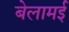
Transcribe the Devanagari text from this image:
बेलामई